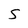
Character: S